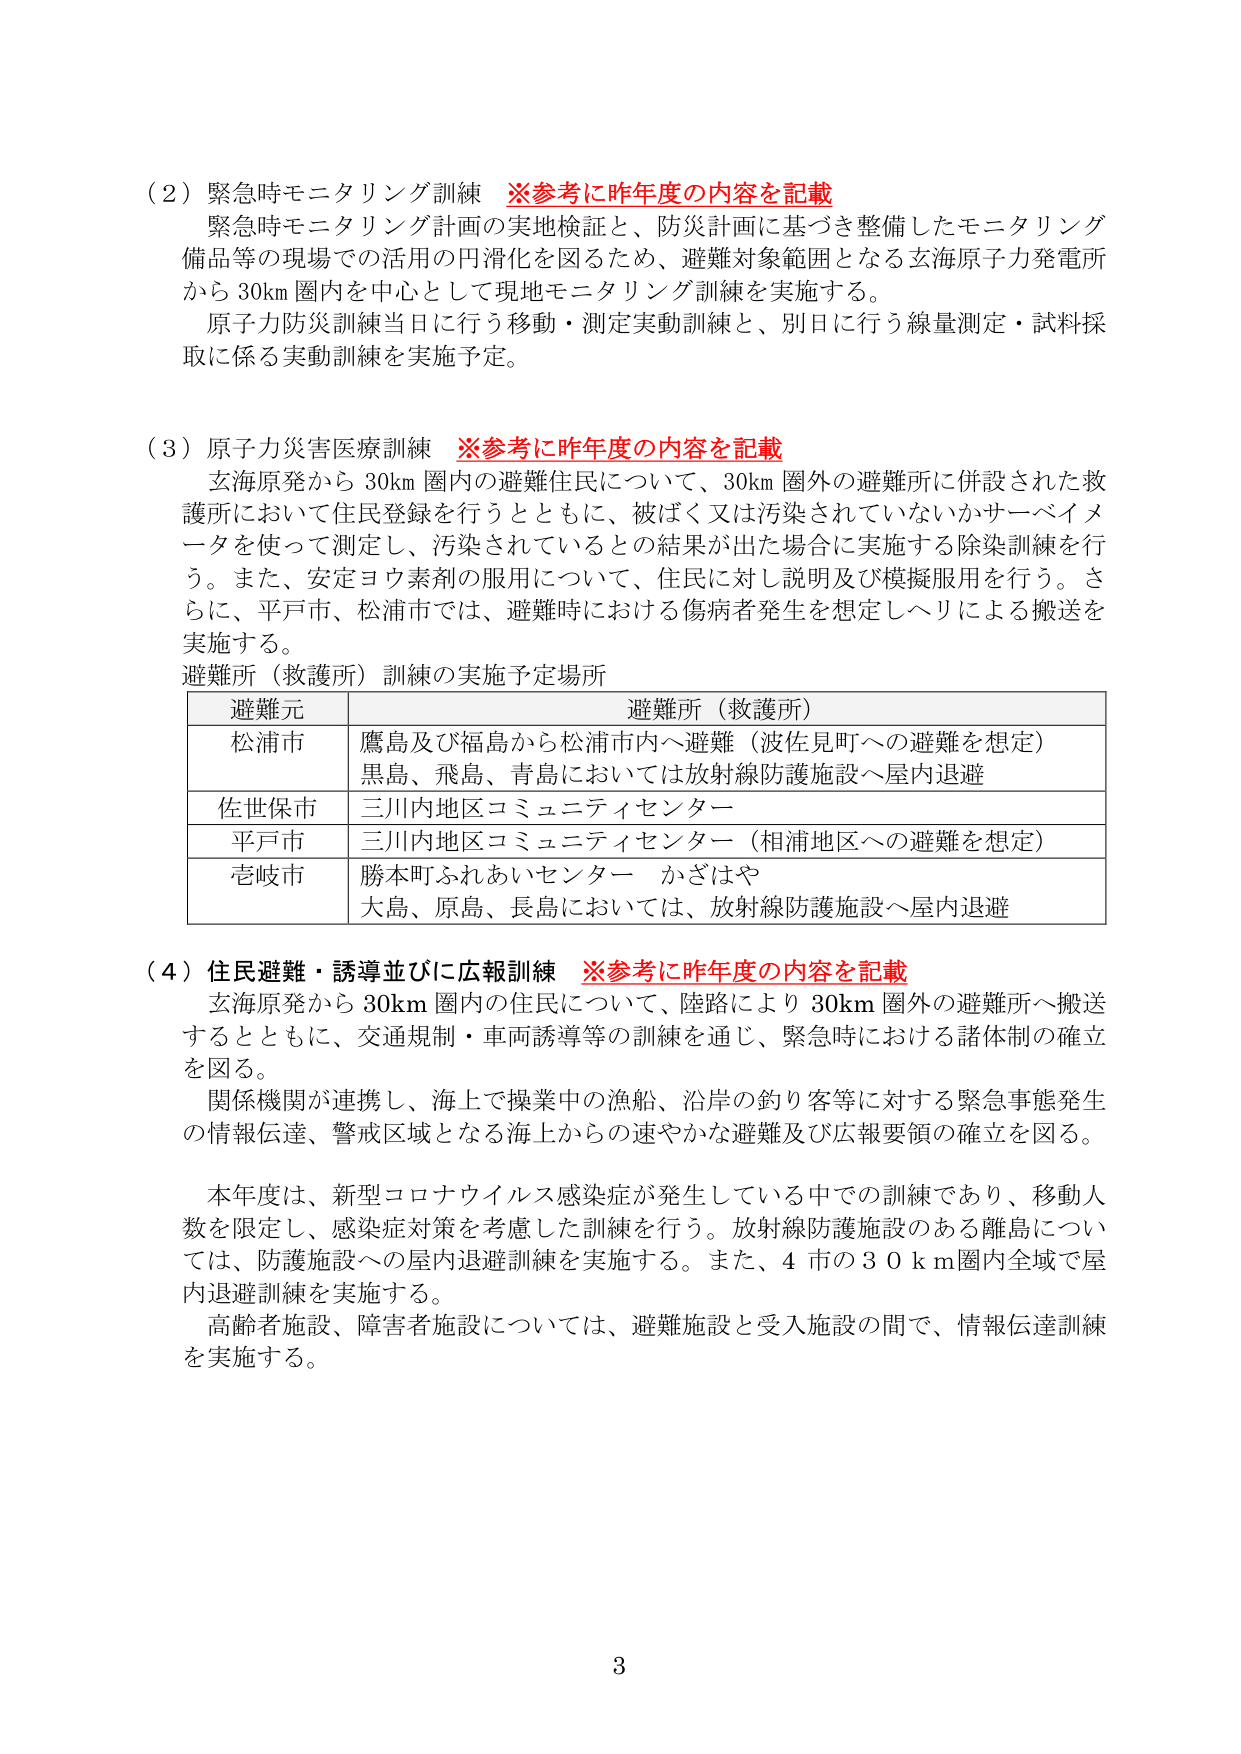
（2）緊急時モニタリング訓練　※参考に昨年度の内容を記載
緊急時モニタリング計画の実地検証と、防災計画に基づき整備したモニタリング備品等の現場での活用の円滑化を図るため、避難対象範囲となる玄海原子力発電所から30km圏内を中心として現地モニタリング訓練を実施する。
原子力防災訓練当日に行う移動・測定実動訓練と、別日に行う線量測定・試料採取に係る実動訓練を実施予定。

（3）原子力災害医療訓練　※参考に昨年度の内容を記載
玄海原発から30km圏内の避難住民について、30km圏外の避難所に併設された救護所において住民登録を行うとともに、被ばく又は汚染されていないかサーベイメータを使って測定し、汚染されているとの結果が出た場合に実施する除染訓練を行う。また、安定ヨウ素剤の服用について、住民に対し説明及び模擬服用を行う。さらに、平戸市、松浦市では、避難時における傷病者発生を想定しヘリによる搬送を実施する。
避難所（救護所）訓練の実施予定場所

| 避難元 | 避難所（救護所） |
|--------|------------------|
| 松浦市 | 鷹島及び福島から松浦市内へ避難（波佐見町への避難を想定）<br>黒島、飛島、青島においては放射線防護施設へ屋内退避 |
| 佐世保市 | 三川内地区コミュニティセンター |
| 平戸市 | 三川内地区コミュニティセンター（相浦地区への避難を想定） |
| 壱岐市 | 勝本町ふれあいセンター　かざはや<br>大島、原島、長島においては、放射線防護施設へ屋内退避 |

（4）住民避難・誘導並びに広報訓練　※参考に昨年度の内容を記載
玄海原発から30km圏内の住民について、陸路により30km圏外の避難所へ搬送するとともに、交通規制・車両誘導等の訓練を通じ、緊急時における諸体制の確立を図る。
関係機関が連携し、海上で操業中の漁船、沿岸の釣り客等に対する緊急事態発生の情報伝達、警戒区域となる海上からの速やかな避難及び広報要領の確立を図る。
本年度は、新型コロナウイルス感染症が発生している中での訓練であり、移動人数を限定し、感染症対策を考慮した訓練を行う。放射線防護施設のある離島については、防護施設への屋内退避訓練を実施する。また、4市の30km圏内全域で屋内退避訓練を実施する。
高齢者施設、障害者施設については、避難施設と受入施設の間で、情報伝達訓練を実施する。

3